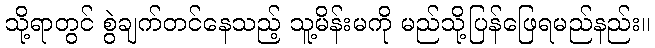
သို့ရာတွင် စွဲချက်တင်နေသည့် သူ့မိန်းမကို မည်သို့ပြန်ဖြေရမည်နည်း။